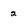
Character: 2